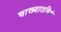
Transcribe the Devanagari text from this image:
चाख्यातमिदं